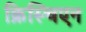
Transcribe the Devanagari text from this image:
क्रिस्चिएन